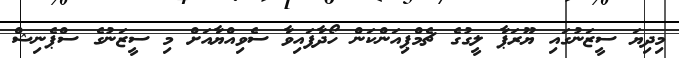
މިދިޔަ ސީޒަނުގައި ޔޫރަޕާ ލީގުގެ ޗެމްޕިއަންކަން ހޯދާފައިވާ ސެވިއްޔާއަށް މި ސީޒަނުގެ ސްޕެނިޝް